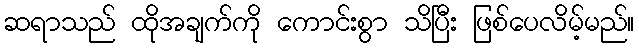
ဆရာသည် ထိုအချက်ကို ကောင်းစွာ သိပြီး ဖြစ်ပေလိမ့်မည်။